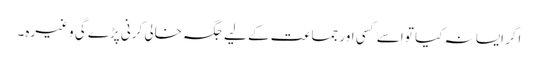
اگر ایسا نہ کیا تو اِسے کسی اور جماعت کے لیے جگہ خالی کرنی پڑے گی وغیرہ۔